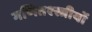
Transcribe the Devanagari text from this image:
गणितश्स्त्रीयों